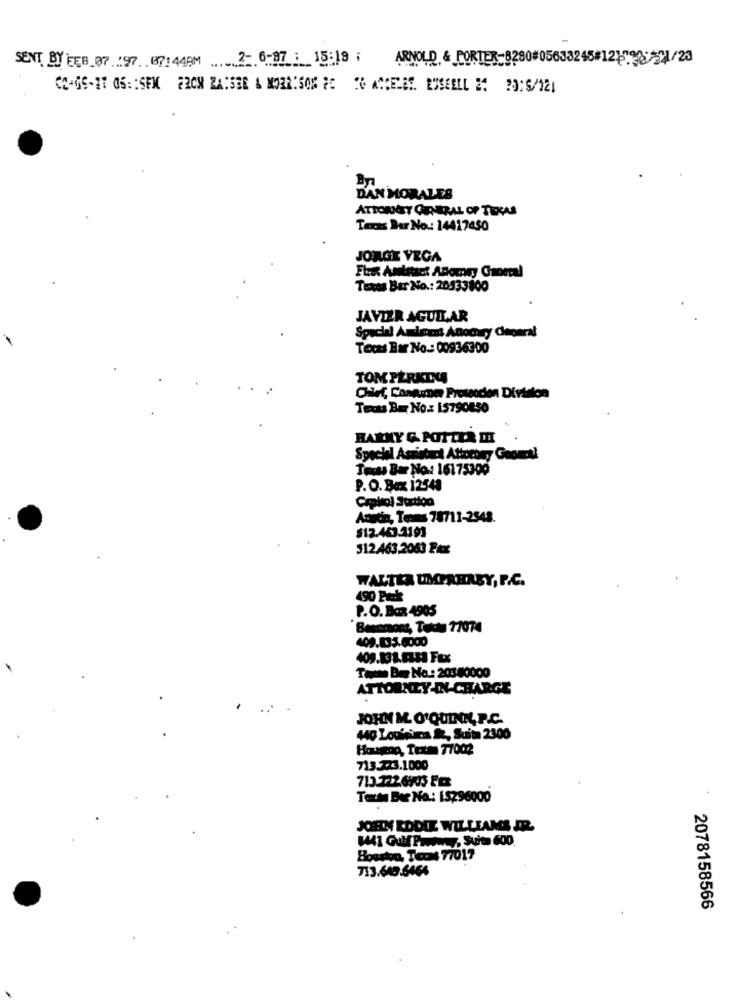
SENT BY FEB 07 .97 .. 07:44PM ..... 2- 6-97 : 15:19 ;
ARNOLD & PORTER-8280#
DAN MORALES
ATTORNEY GENERAL OP TIOCAS
Texas Dar No .: 14417450
JORGE VEGA
Fbit Analitics ABlorry Gaooral
Texas Bar No .: 20533800
JAVIER AGUILAR
Special Amoms Anocary Ceparal
Texas Bar No .: 00936300
TOM PERKINS
Texts Bar No .: 15790850
HARKY G. POTTER DI
Special Amristart Attotony Geomet!
Tess Bar No: 16175300
P. O. Box 12543
Crpkol Station
Austin, Teams 78711-2548.
$12.463.1191
512.463,2063 Pax
WALTER UMPREABY, P.C.
490 Fuck
P.O. Box 4905
Bestmoms, Textu 77074
409.833.6000
409.131.9343 Fax
Tomme Be No .: 20340000
ATTORNEY-IN-CHARGE
JOHN M. O'QUINN, P.C.
440 Louisiana i, Suite 2300
Houston, Texas 77002
713.723.1000
713.722 6903 FES
Texte Bee No .: 15296000
JOHN EDDIE WILLIAMS IR.
1441 Gulf Prototy, Suite 600
Bosston, Tect 77017
713.649.6466
2078158566